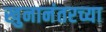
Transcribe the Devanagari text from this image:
खुनानंतरच्या